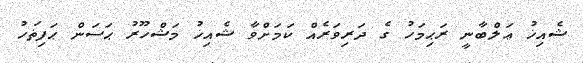
ޝެއިޚު ޢަލްބާނީ ރަޙިމަހު ގެ ދަރިވަރެއް ކަމަށްވާ ޝެއިޚު މަޝްހޫރު ޙަސަން ޙަފިޡަހު